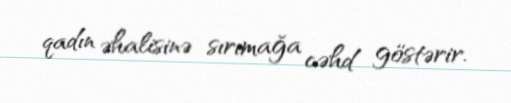
qadın əhalisinə sırımağa cəhd göstərir.